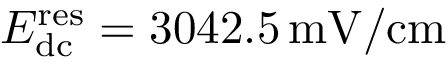
E _ { \mathrm { d c } } ^ { \mathrm { r e s } } = 3 0 4 2 . 5 \, \mathrm { m V / c m }